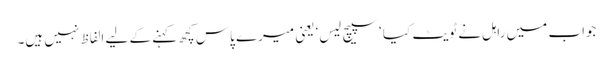
جواب میں راہل نے ٹویٹ کیا ‘سپیچ لیس‘ یعنی میرے پاس کچھ کہنے کے لیے الفاظ نہیں ہیں۔